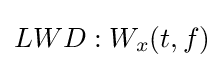
LWD:W_{x}(t,f)